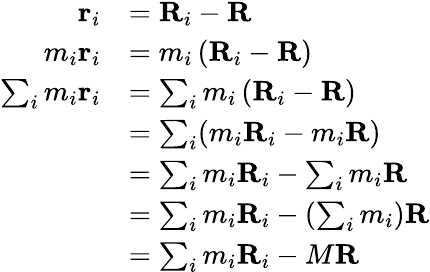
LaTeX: {\begin{array}{rl}{\mathbf{r}_{i}}&{=\mathbf{R}_{i}-\mathbf{R}}\\ {m_{i}\mathbf{r}_{i}}&{=m_{i}\left(\mathbf{R}_{i}-\mathbf{R}\right)}\\ {\sum_{i}m_{i}\mathbf{r}_{i}}&{=\sum_{i}m_{i}\left(\mathbf{R}_{i}-\mathbf{R}\right)}\\ &{=\sum_{i}(m_{i}\mathbf{R}_{i}-m_{i}\mathbf{R})}\\ &{=\sum_{i}m_{i}\mathbf{R}_{i}-\sum_{i}m_{i}\mathbf{R}}\\ &{=\sum_{i}m_{i}\mathbf{R}_{i}-\left(\sum_{i}m_{i}\right)\mathbf{R}}\\ &{=\sum_{i}m_{i}\mathbf{R}_{i}-M\mathbf{R}}\end{array}}